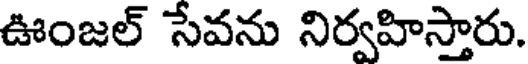
ఊంజల్ సేవను నిర్వహిస్తారు.